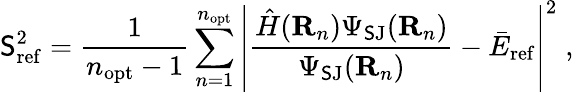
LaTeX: \mathsf{S}_{\mathrm{{ref}}}^{2}=\frac{1}{{n_{\mathrm{{opt}}}-1}}\sum_{n=1}^{n_{\mathrm{{opt}}}}\left|\frac{{\hat{{H}}({\mathbf{R}}_{n})\Psi_{\mathrm{{\mathsf{S}J}}}({\mathbf{R}}_{n})}}{{\Psi_{\mathrm{{\mathsf{S}J}}}({\mathbf{R}}_{n})}}-{\bar{{E}}}_{\mathrm{{ref}}}\right|^{2}\; ,